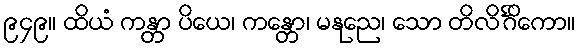
၉၄၉။ ထိယံ ကန္တာ ပိယေ၊ ကန္တော၊ မနုညေ၊ သော တိလိင်္ဂိကော။